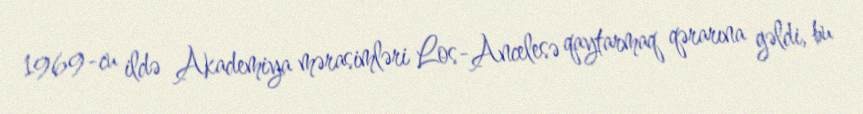
1969-cu ildə Akademiya mərasimləri Los-Ancelesə qaytarmaq qərarına gəldi, bu